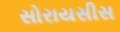
સોરાયસીસ